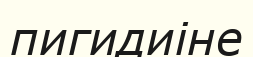
пигидиіне